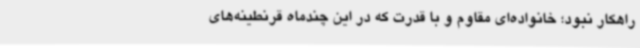
راهکار نبود؛ خانواده‌ای مقاوم و با قدرت که در این چندماه قرنطینه‌های